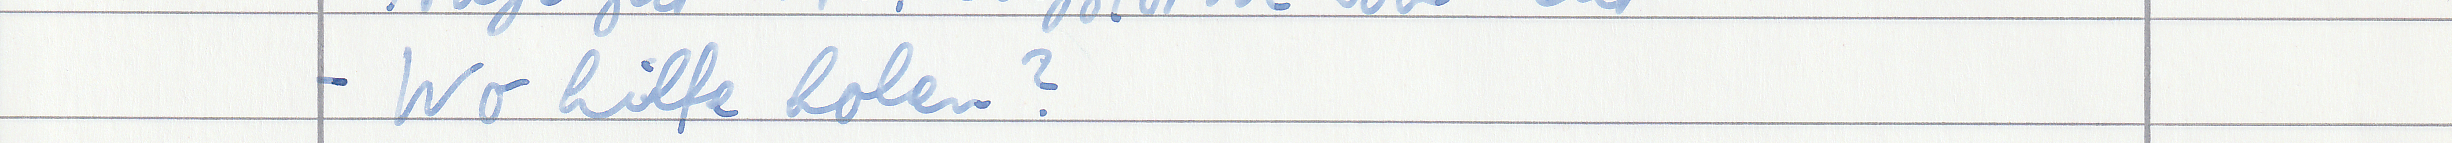
- Wo hilfe holen?